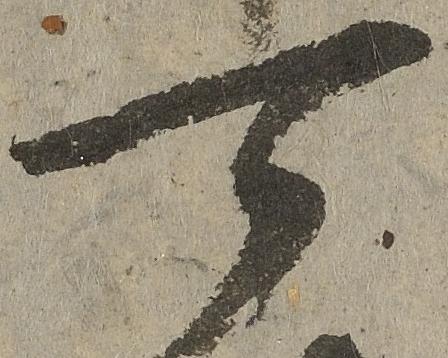
可